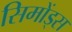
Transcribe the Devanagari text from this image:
सिमोंड्स